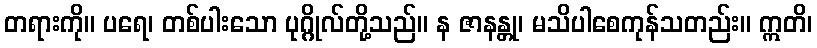
တရားကို။ ပရေ၊ တစ်ပါးသော ပုဂ္ဂိုလ်တို့သည်။ န ဇာနန္တု၊ မသိပါစေကုန်သတည်း။ ဣတိ၊